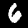
Digit: 6